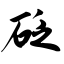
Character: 砭